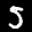
Label: 5